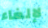
لإلغاء